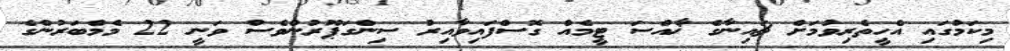
މިކަމުގައި އެހީތެރިވުމަށް ޗައިނާގެ ޚާއްސަ ޓީމެއް ގޮސްފައިވާއިރު ސިންގަޕޫރުންވެސް ވަނީ 22 މެމްބަރުންގެ